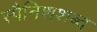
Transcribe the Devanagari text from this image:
स्पैनिशशब्द